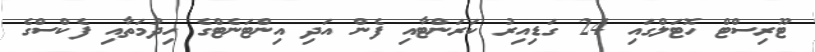
ޓޫރިސްޓް ހޮޓަލްގައި 24 ގަޑިއިރު ކަރަންޓާއި ފެން އަދި އިންޓަނެޓްގެ ހިދުމަތާއި ފެކްސްގެ